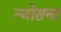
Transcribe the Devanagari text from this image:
न्योतना